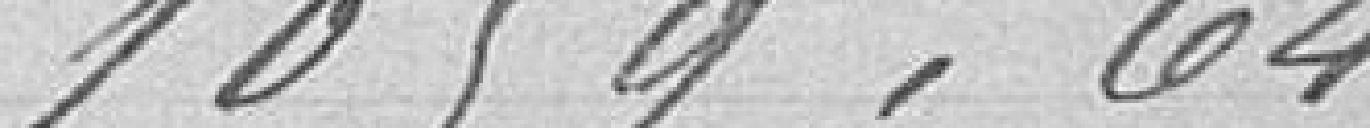
1099,64